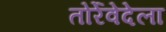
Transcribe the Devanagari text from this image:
तोर्रेवेदेला